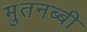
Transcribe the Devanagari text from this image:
मुतनब्बी